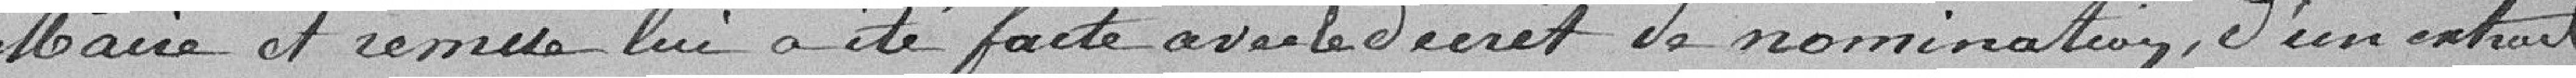
Maire et remise lui a été faite avec le Décret de nomination, d'un extrait